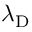
\lambda _ { \mathrm { { D } } }